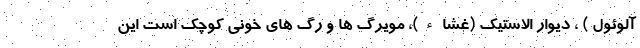
آلوئول ) ، دیوار الاستیک (غشاء)، مویرگ ها و رگ های خونی کوچک است این